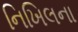
નિખિલના